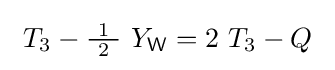
\ T_{3}-{\tfrac {\ 1\ }{2}}\ Y_{\mathsf {W}}=2\ T_{3}-Q\